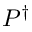
P ^ { \dagger }